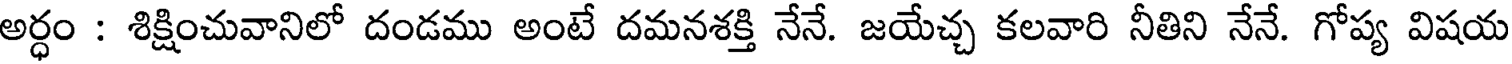
అర్ధం : శిక్షించువానిలో దండము అంటే దమనశక్తి నేనే. జయేచ్చ కలవారి నీతిని నేనే. గోప్య విషయ